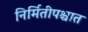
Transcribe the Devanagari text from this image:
निर्मितीपश्चात